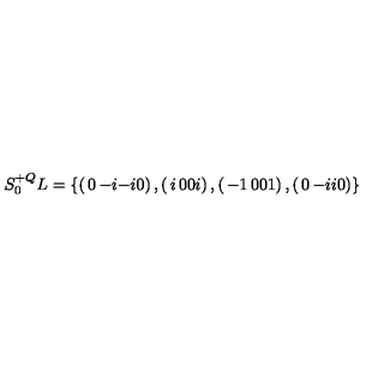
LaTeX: S _ { 0 } ^ { + Q } L = \{ \left( \begin{matrix} { 0 } & { - i } \\ { - i } & { 0 } \\ \end{matrix} \right) , \left( \begin{matrix} { i } & { 0 } \\ { 0 } & { i } \\ \end{matrix} \right) , \left( \begin{matrix} { - 1 } & { 0 } \\ { 0 } & { 1 } \\ \end{matrix} \right) , \left( \begin{matrix} { 0 } & { - i } \\ { i } & { 0 } \\ \end{matrix} \right) \}